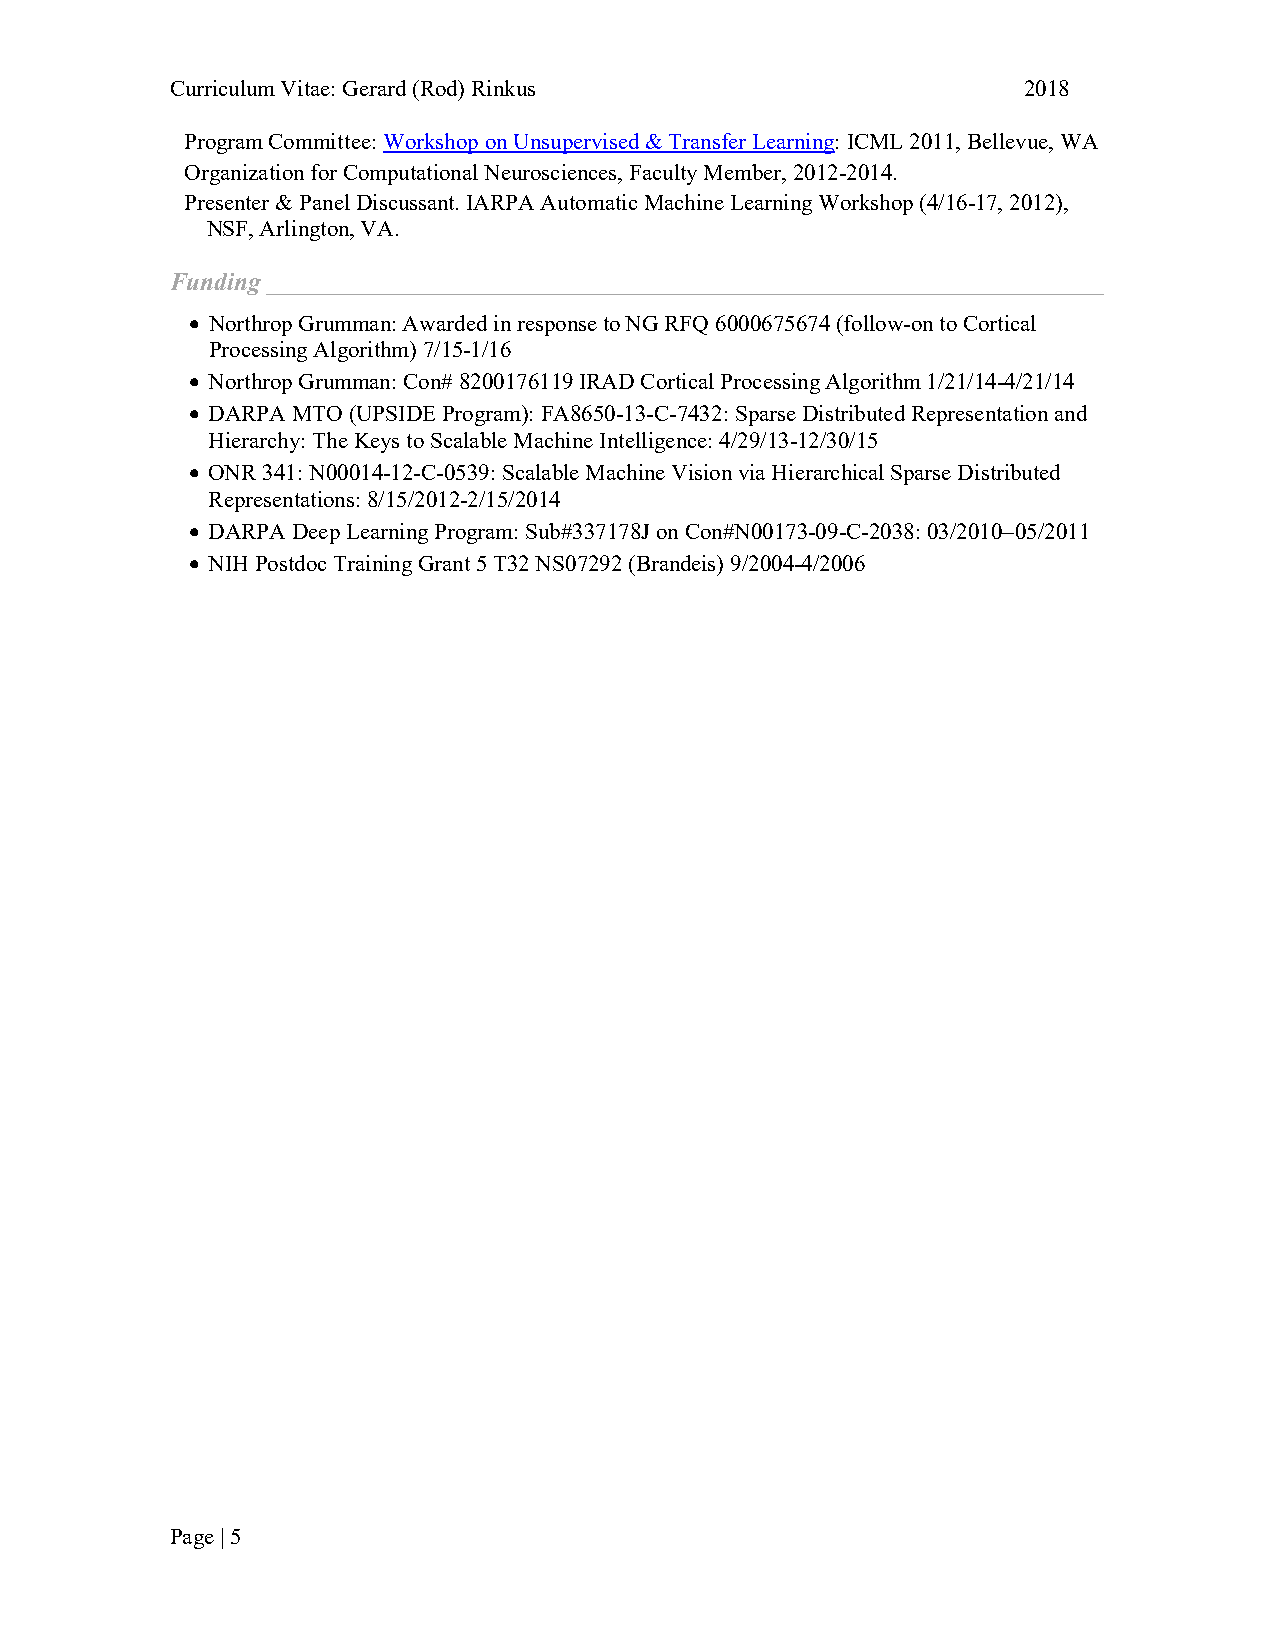
Curriculum Vitae: Gerard (Rod) Rinkus                    2018
 Program Committee: Workshop on Unsupervised & Transfer Learning: ICML 2011, Bellevue, WA
 Organization for Computational Neurosciences, Faculty Member, 2012-2014.
 Presenter & Panel Discussant. IARPA Automatic Machine Learning Workshop (4/16-17, 2012),
 NSF, Arlington, VA.
 Funding ___________________________________________________________________
 • Northrop Grumman: Awarded in response to NG RFQ 6000675674 (follow-on to Cortical
 Processing Algorithm) 7/15-1/16
 • Northrop Grumman: Con# 8200176119 IRAD Cortical Processing Algorithm 1/21/14-4/21/14
 • DARPA MTO (UPSIDE Program): FA8650-13-C-7432: Sparse Distributed Representation and
 Hierarchy: The Keys to Scalable Machine Intelligence: 4/29/13-12/30/15
 • ONR 341: N00014-12-C-0539: Scalable Machine Vision via Hierarchical Sparse Distributed
 Representations: 8/15/2012-2/15/2014
 • DARPA Deep Learning Program: Sub#337178J on Con#N00173-09-C-2038: 03/2010−05/2011
 • NIH Postdoc Training Grant 5 T32 NS07292 (Brandeis) 9/2004-4/2006
 Page | 5